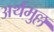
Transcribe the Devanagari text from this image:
अर्थमुल्ल